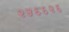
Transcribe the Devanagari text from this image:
२५६६२६